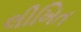
લીખિત